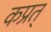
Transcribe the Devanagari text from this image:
कप्रत्